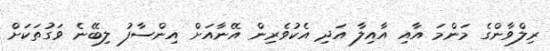
ރިލްވާންގެ މަންމަ އާއި އާއިލާ އަދި އެކުވެރިން އޭނާއަށް އިންސާފު ލިބޭނެ ވަގުތަކަށް